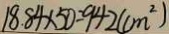
1 8 . 8 4 \times 5 0 = 9 4 2 ( c m ^ { 2 } )